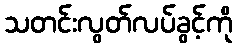
သတင်းလွတ်လပ်ခွင့်ကို